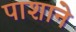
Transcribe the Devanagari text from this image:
पाशाने